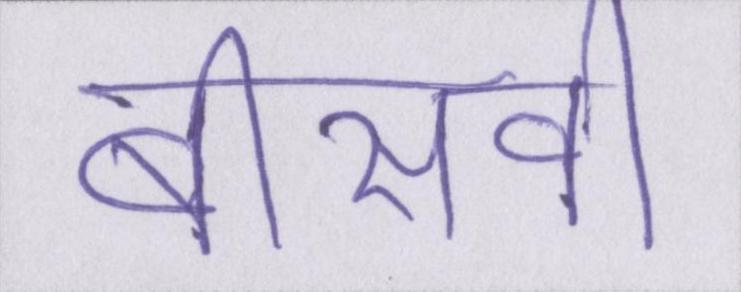
बीसवीं